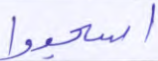
اسجدوا